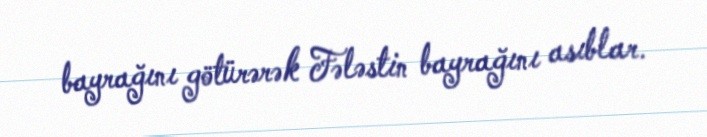
bayrağını götürərək Fələstin bayrağını asıblar.